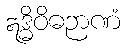
ဣဒ္ဓိဝိဓဉာဏံ